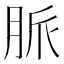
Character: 脈